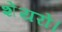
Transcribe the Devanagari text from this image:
शेयरों।